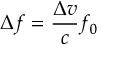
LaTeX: \Delta f = { \frac { \Delta v } { c } } f _ { 0 }